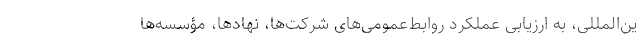
ین‌المللی، به ارزیابی عملکرد روابط‌عمومی‌های شرکت‌ها، نهادها، مؤسسه‌ها